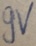
Text: 9V